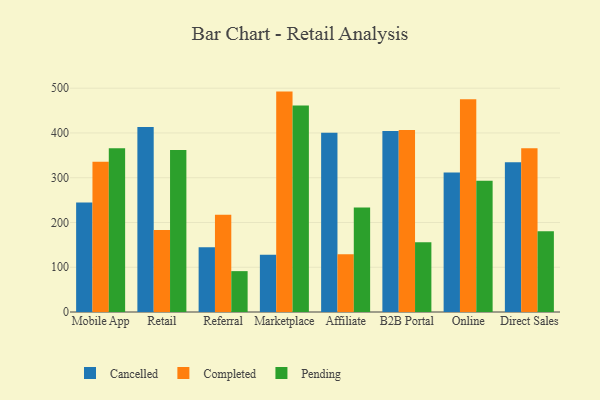
{"axis": {"x": "Channel", "y": "Humidity (%)"}, "legend": ["Cancelled", "Completed", "Pending"], "data": [{"x": "Mobile App", "y": 244.9, "type": "Cancelled"}, {"x": "Mobile App", "y": 335.8, "type": "Completed"}, {"x": "Mobile App", "y": 365.9, "type": "Pending"}, {"x": "Retail", "y": 413.2, "type": "Cancelled"}, {"x": "Retail", "y": 183.3, "type": "Completed"}, {"x": "Retail", "y": 361.8, "type": "Pending"}, {"x": "Referral", "y": 144.9, "type": "Cancelled"}, {"x": "Referral", "y": 217.3, "type": "Completed"}, {"x": "Referral", "y": 91.3, "type": "Pending"}, {"x": "Marketplace", "y": 128.0, "type": "Cancelled"}, {"x": "Marketplace", "y": 492.4, "type": "Completed"}, {"x": "Marketplace", "y": 461.3, "type": "Pending"}, {"x": "Affiliate", "y": 400.2, "type": "Cancelled"}, {"x": "Affiliate", "y": 129.0, "type": "Completed"}, {"x": "Affiliate", "y": 233.5, "type": "Pending"}, {"x": "B2B Portal", "y": 404.6, "type": "Cancelled"}, {"x": "B2B Portal", "y": 406.8, "type": "Completed"}, {"x": "B2B Portal", "y": 155.9, "type": "Pending"}, {"x": "Online", "y": 311.8, "type": "Cancelled"}, {"x": "Online", "y": 475.3, "type": "Completed"}, {"x": "Online", "y": 293.5, "type": "Pending"}, {"x": "Direct Sales", "y": 334.6, "type": "Cancelled"}, {"x": "Direct Sales", "y": 365.7, "type": "Completed"}, {"x": "Direct Sales", "y": 180.6, "type": "Pending"}]}